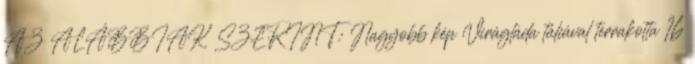
AZ ALÁBBIAK SZERINT: Nagyobb kép Virágláda tálcával terrakotta 16